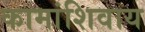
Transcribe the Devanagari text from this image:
कामांशिवाय